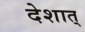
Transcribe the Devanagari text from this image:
देशात्